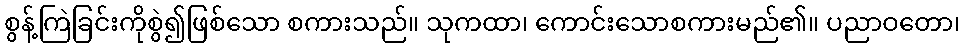
စွန့်ကြဲခြင်းကိုစွဲ၍ဖြစ်သော စကားသည်။ သုကထာ၊ ကောင်းသောစကားမည်၏။ ပညာဝတော၊